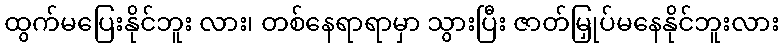
ထွက်မပြေးနိုင်ဘူး လား၊ တစ်နေရာရာမှာ သွားပြီး ဇာတ်မြှုပ်မနေနိုင်ဘူးလား